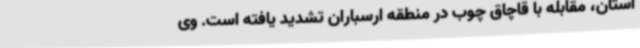
استان، مقابله با قاچاق چوب در منطقه ارسباران تشدید یافته است. وی